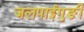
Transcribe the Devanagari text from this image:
जलपाईगुङी